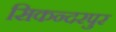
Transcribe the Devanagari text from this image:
सिकन्‍दरपुर